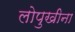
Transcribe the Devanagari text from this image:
लोपुखीना